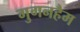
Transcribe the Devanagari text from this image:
गुगनहैम